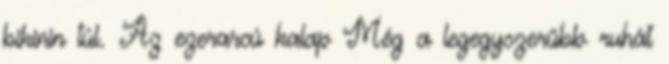
bikinin túl. Az ezerarcú kalap Még a legegyszerűbb ruhát